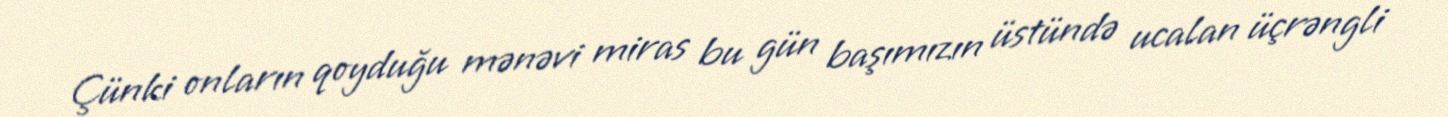
Çünki onların qoyduğu mənəvi miras bu gün başımızın üstündə ucalan üçrəngli